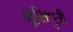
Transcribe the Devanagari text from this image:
भूमिपुत्री